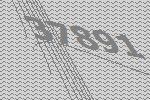
37891